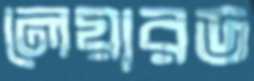
লেয়ারড